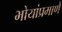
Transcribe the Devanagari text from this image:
भोयांप्रमाणे